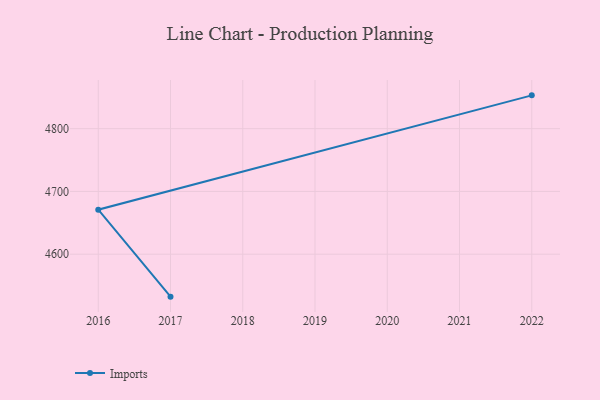
{"axis": {"x": "Year", "y": "Headcount"}, "legend": ["Imports"], "data": [{"x": "2017", "y": 4532.3, "type": "Imports"}, {"x": "2016", "y": 4670.9, "type": "Imports"}, {"x": "2022", "y": 4853.1, "type": "Imports"}]}